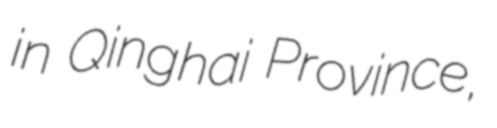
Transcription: in Qinghai Province,